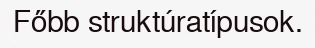
Főbb struktúratípusok.